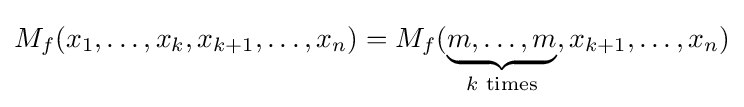
M_{f}(x_{1},\dots ,x_{k},x_{k+1},\dots ,x_{n})=M_{f}(\underbrace {m,\dots ,m} _{k{\text{ times}}},x_{k+1},\dots ,x_{n})